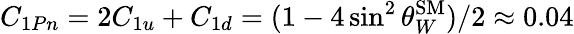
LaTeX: C_{1Pn}=2C_{1u}+C_{1d}=(1-4\sin^{2}\theta_{W}^{\mathrm{SM}})/2\approx 0.04